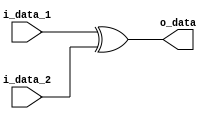
module xor_gate #(parameter WIDTH = 8)

            (input  wire [WIDTH-1:0] i_data_1   ,
             input  wire [WIDTH-1:0] i_data_2   ,
             output wire [WIDTH-1:0] o_data     );
    
    assign o_data = i_data_1 ^ i_data_2;
    
endmodule